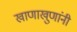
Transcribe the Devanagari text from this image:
खाणाखुणांनी